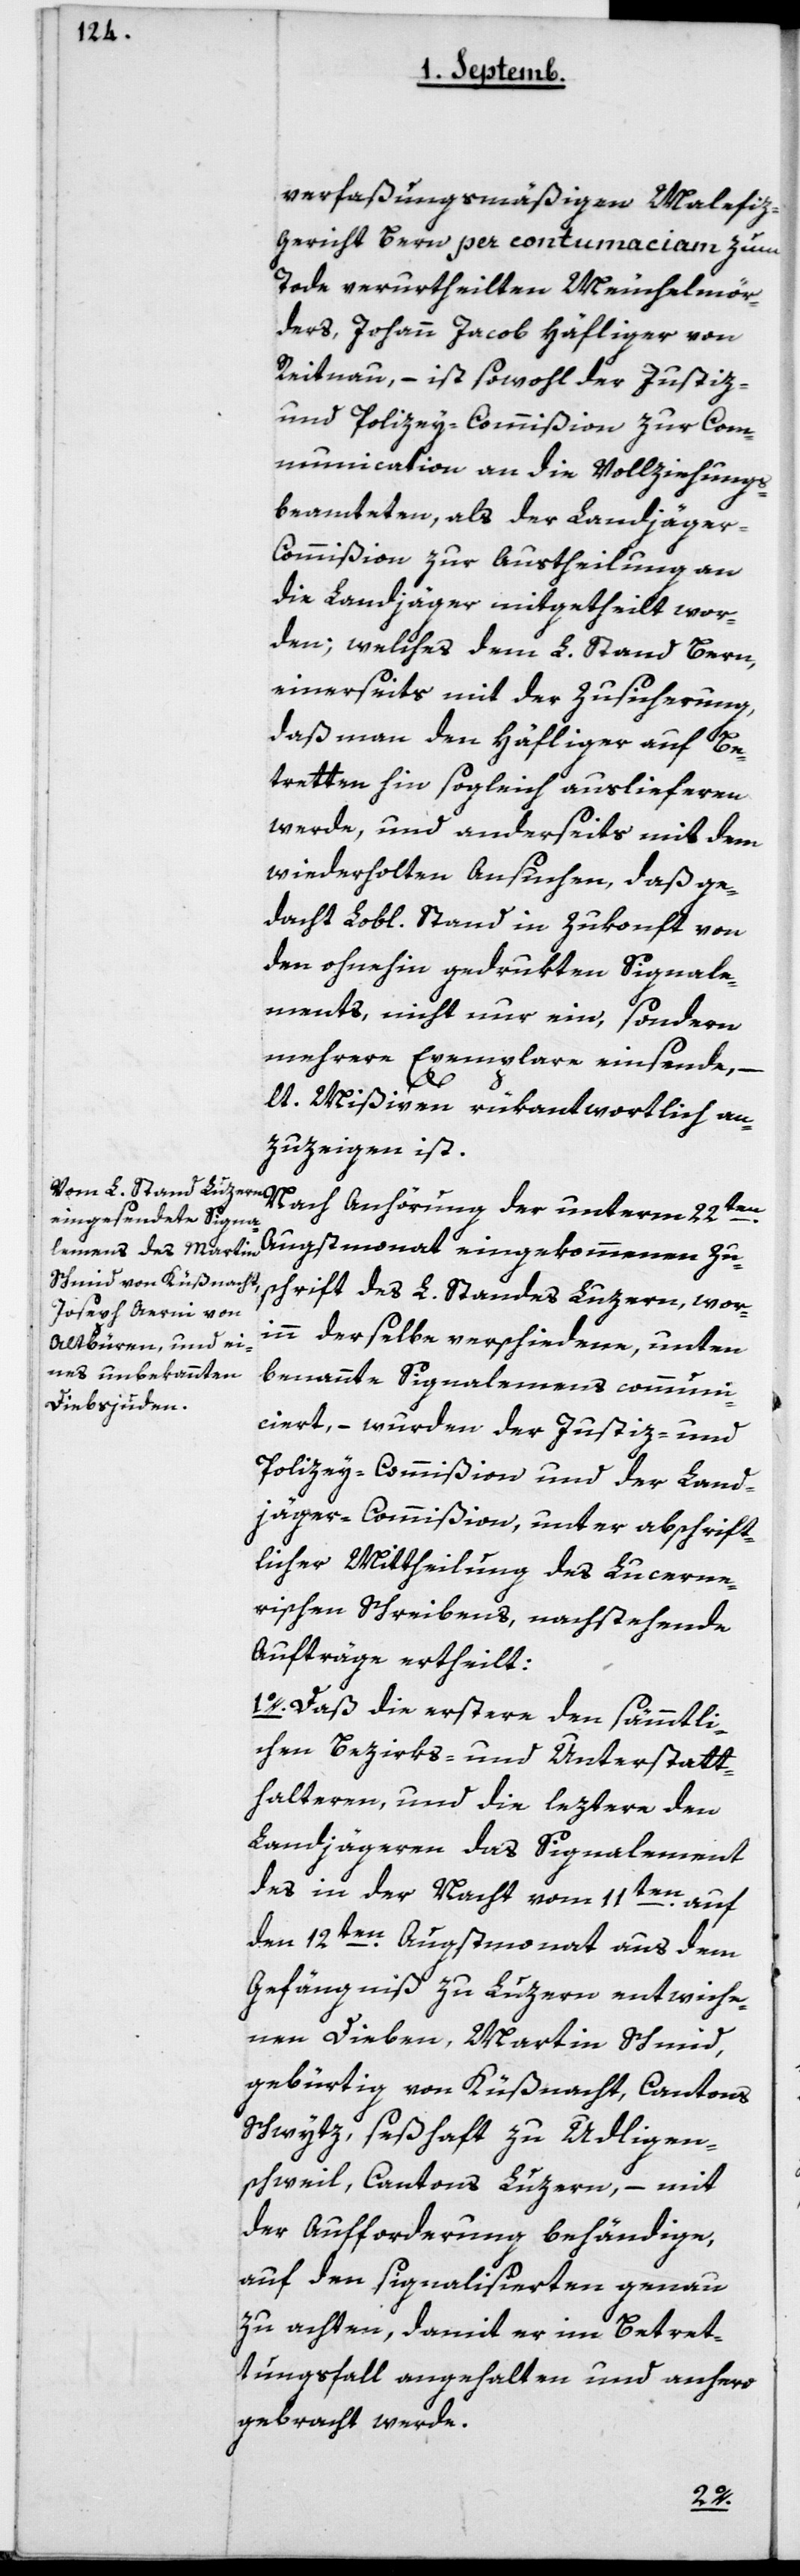
verfaßungsmäßigen Mahlefiz¬
gericht Bern per contumaciam zum
Tode verurtheilten Meuchelmör¬
ders, Johann Jacob Häfliger von
Reitnau, – ist sowohl der Justiz-
und Policey-Commißion zur Com¬
munication an die Vollziehungs¬
beamteten, als der Landjäger¬
commißion zur Austheilung an
die Landjäger mitgetheilt wor¬
den; welches dem L. Stand Bern,
einerseits mit der Zusicherung,
daß man den Häfliger auf Be¬
tretten hin sogleich auslieferen
werde, und anderseits mit dem
wiederholten Ansuchen, daß ge¬
dacht Lobl. Stand in Zukonft von
den ohnehin gedrukten Signale¬
ments, nicht nur ein, sondern
mehrere Exemplare einsende, –
lt. Mißiven rükantwortlich an¬
zuzeigen ist.
Nach Anhörung der unterm 22ten
Augstmonat eingekommenen Zu¬
schrift des L. Standes Luzern, wor¬
inn derselbe verschiedene, unten
benannte Signalements communi¬
ciert, – wurden der Justiz- und
Policey-Commißion und der Land¬
jägercommißion unter abschrift¬
licher Mittheilung des luzerne¬
rischen Schreibens, nachstehende
Aufträge ertheilt:
1o. Daß die Erstere den sämmtli¬
chen Bezirks- und Unterstatt¬
halteren, und die leztere den
Landjägeren das Signalement
des in der Nacht vom 11ten
auf
den 12ten Augstmonat aus dem
Gefängnis zu Luzern entwiche¬
nen Dieben, Martin Schmid,
gebürtig von Küßnacht, Cantons
Schwytz, seßhaft zu Udligen¬
schweil, Cantons Luzern, – mit
der Aufforderung behändige,
auf den Signalisierten genau
zu achten, damit er im Betret¬
ungsfall angehalten und anhero
gebracht werde.